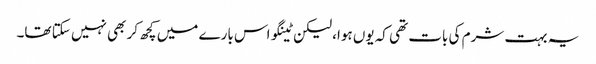
یہ بہت شرم کی بات تھی کہ یوں ہوا، لیکن ٹینگو اس بارے میں کچھ کر بھی نہیں سکتا تھا۔